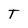
Character: T